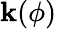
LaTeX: \mathbf{k}(\phi)